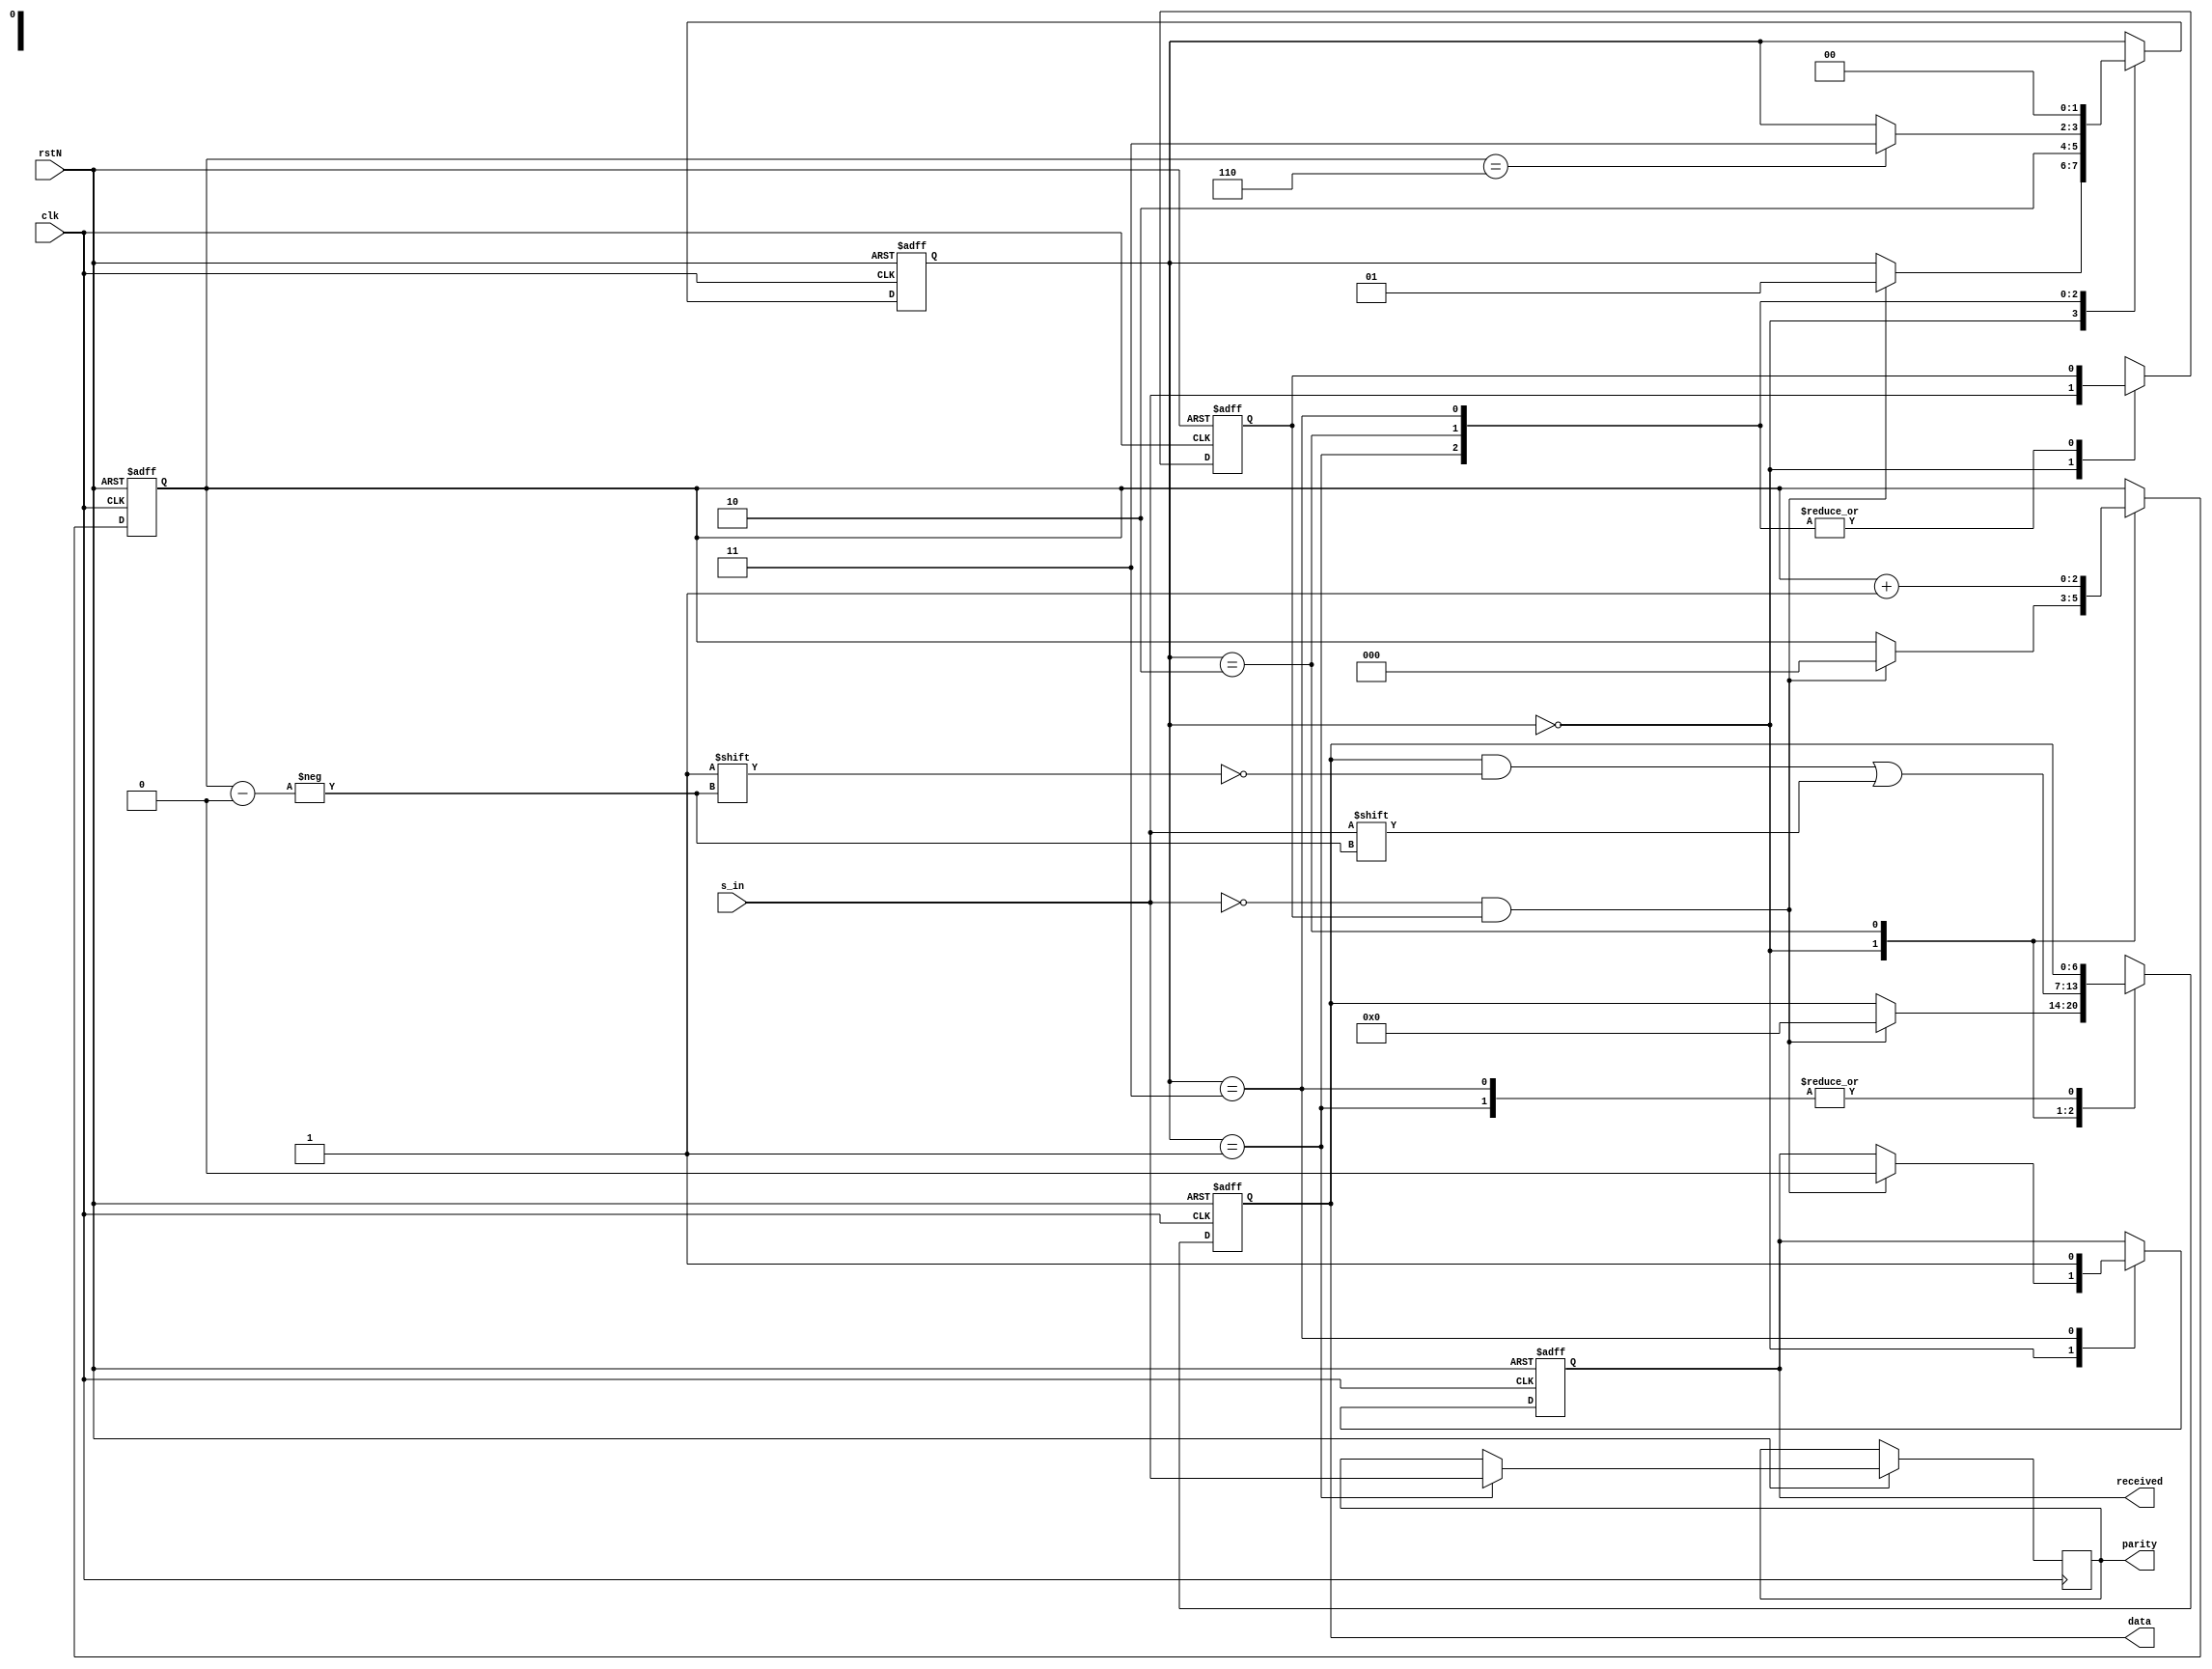
module RX # (
    parameter START_SIG = 0
) (
    input               rstN,
    input               clk,
    input               s_in,
    output  reg         received,
    output  reg         parity,
    output  reg [6:0]   data
);

localparam S_IDLE       = 0;
localparam S_PARITY     = 1;
localparam S_RECEIVE    = 2;
localparam S_STOP       = 3;

reg [1:0]   state;
reg [2:0]   data_index;
reg last_s_in = 1;

always @(posedge clk or negedge rstN) begin
    if (~rstN) begin
        state <= S_IDLE;
        data_index <= 0;
        received <= 0;
        data <= 0;
        last_s_in <= 1;
    end
    else begin
        case (state)
            S_IDLE: begin
                if (s_in == START_SIG &&
                 last_s_in == !START_SIG) begin
                    data_index <= 0;
                    data <= 0;
                    state <= S_PARITY;
                    received <= 0;
                    last_s_in = s_in;
                end
                else
                    last_s_in <= s_in;
            end
            S_PARITY: begin
                parity <= s_in;
                state <= S_RECEIVE;
            end
            S_RECEIVE: begin
                data[data_index] <= s_in;
                if (data_index == 6)
                    state <= S_STOP;
                data_index <= data_index + 1;
            end
            S_STOP: begin
                state <= S_IDLE;
                received <= 1;
            end
            default: state <= S_IDLE;
        endcase
    end
end

endmodule